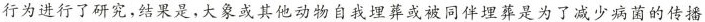
行为进行了研究，结果是，大象或其他动物自我埋葬或被同伴埋葬是为了减少病菌的传播